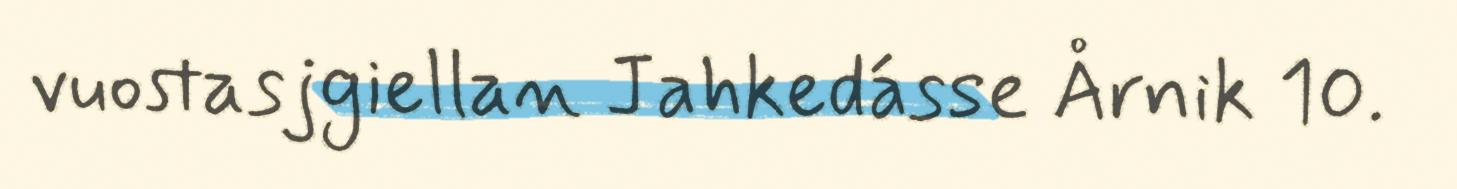
vuostasjgiellan Jahkedásse Årnik 10.